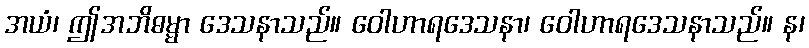
အယံ၊ ဤအဘိဓမ္မာ ဒေသနာသည်။ ဝေါဟာရဒေသနာ၊ ဝေါဟာရဒေသနာသည်။ န၊